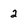
Character: 2